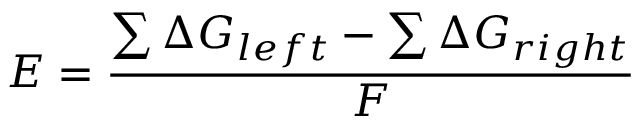
E = { \frac { \sum \Delta G _ { l e f t } - \sum \Delta G _ { r i g h t } } { F } }